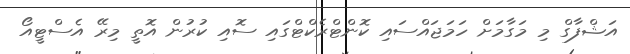
އަޝްފާގް މި މަގާމަށް ހަމަޖައްސައި ކޮންޓްރެކްޓްގައި ސޮއި ކުރުން އޮތީ މިރޭ އެސްޓީއޯ